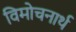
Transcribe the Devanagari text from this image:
विमोचनार्थ